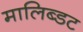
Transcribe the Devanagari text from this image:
मालिब्डट